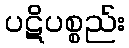
ပဋိပစ္စည်း